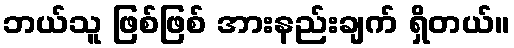
ဘယ်သူ ဖြစ်ဖြစ် အားနည်းချက် ရှိတယ်။